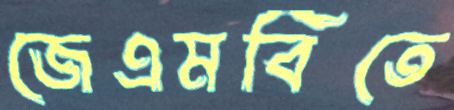
জেএমবিতে